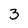
Character: 3